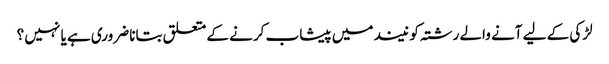
لڑکی کے لیے آنے والے رشتہ کو نیند میں پیشاب کرنے کے متعلق بتانا ضروری ہے یا نہیں ؟